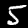
Digit: 5